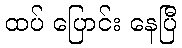
ထပ် ပြောင်း နေပြီ